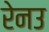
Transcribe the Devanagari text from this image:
रेनउ